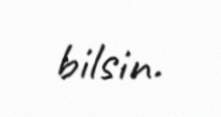
bilsin.